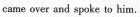
came over and spoke to him.